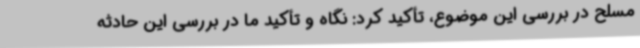
مسلح در بررسی این موضوع، تأکید کرد: نگاه و تأکید ما در بررسی این حادثه